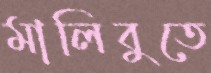
মালিবুতে